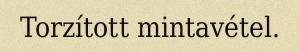
Torzított mintavétel.